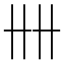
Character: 𠦌